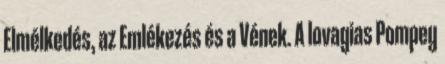
Elmélkedés, az Emlékezés és a Vének. A lovagias Pompey